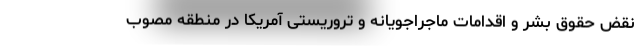
نقض حقوق بشر و اقدامات ماجراجویانه و تروریستی آمریکا در منطقه مصوب